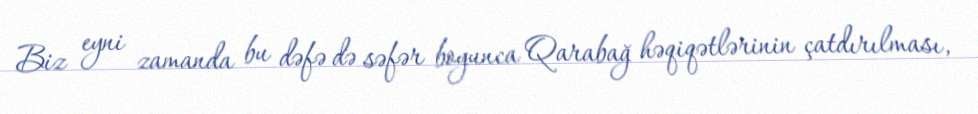
Biz eyni zamanda bu dəfə də səfər boyunca Qarabağ həqiqətlərinin çatdırılması,